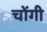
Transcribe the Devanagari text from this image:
चोंगी